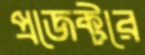
প্রজেক্টরে